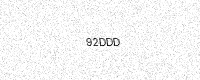
Text: 92DDD